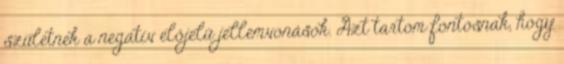
születnek a negatív előjelű jellemvonások. Azt tartom fontosnak, hogy